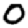
Digit: 0